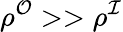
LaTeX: \rho^{\mathcal{O}}>>\rho^{\mathcal{I}}